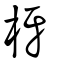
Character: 枒